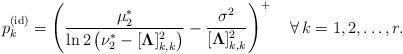
LaTeX: \begin{align*}p_k^{(\rm id)} = \left(\frac{\mu_2^*}{\ln2\left(\nu_2^*-[\boldsymbol{\Lambda}]_{k,k}^2\right)} -\frac{\sigma^2}{[\boldsymbol{\Lambda}]_{k,k}^2}\right)^+\quad\forall\,k=1,2,\ldots, r.\end{align*}